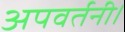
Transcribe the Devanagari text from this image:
अपवर्तनी।